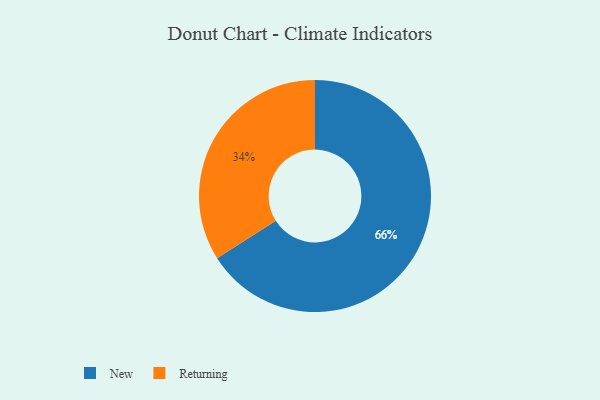
{"axis": {"x": "Category", "y": "Percentage"}, "legend": ["New", "Returning"], "data": [{"x": "New", "y": 66, "type": "New"}, {"x": "Returning", "y": 34, "type": "Returning"}]}